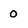
Character: 0